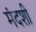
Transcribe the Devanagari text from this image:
मंदशी